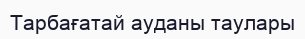
Тарбағатай ауданы таулары